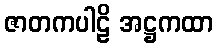
ဇာတကပါဠိ အဋ္ဌကထာ